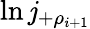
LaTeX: \ln\mathit{j}_{+\rho_{i+1}}